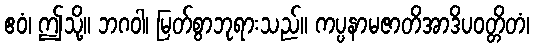
ဧဝံ၊ ဤသို့။ ဘဂဝါ၊ မြတ်စွာဘုရားသည်။ ကပ္ပနာမဇာတိအာဒိပဝတ္တိတံ၊